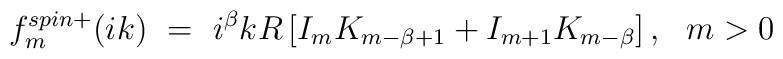
f_m^{spin+}(ik)\ =\ i^\beta kR \left[I_mK_{m-\beta+1}+I_{m+1}K_{m-\beta}\right], \ \ m>0